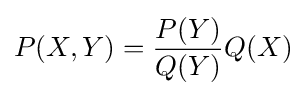
P(X,Y)={\frac {P(Y)}{Q(Y)}}Q(X)